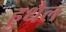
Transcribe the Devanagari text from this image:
हुधैल